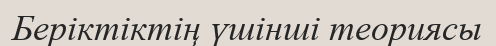
Беріктіктің үшінші теориясы